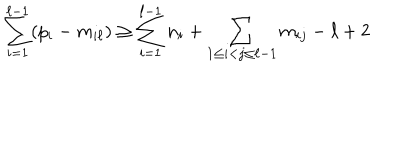
\sum _ { i = 1 } ^ { \ell - 1 } ( p _ { i } - m _ { i \ell } ) \geq \sum _ { i = 1 } ^ { \ell - 1 } n _ { i } + \sum _ { 1 \leq i < j \leq \ell - 1 } m _ { i j } - \ell + 2